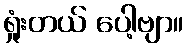
ရှုံးတယ် ပေါ့ဗျာ။